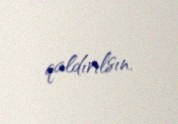
qaldırılsın.